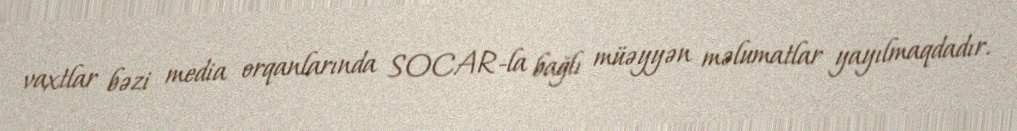
vaxtlar bəzi media orqanlarında SOCAR-la bağlı müəyyən məlumatlar yayılmaqdadır.